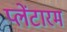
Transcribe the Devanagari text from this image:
प्लेंटारम